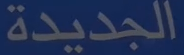
الجديدة